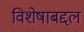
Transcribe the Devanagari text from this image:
विशेषाबद्दल